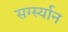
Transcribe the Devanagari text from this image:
सर्ग्स्यान